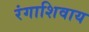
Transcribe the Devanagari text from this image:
रंगाशिवाय